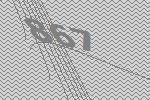
867